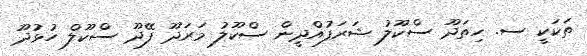
ތަކަކީ ސ. ހިތަދޫ ސްކޫލު ޝަރަފުއްދީން ސްކޫލު މަރަދޫ ފޭދޫ ސްކޫލް ހުޅުދޫ